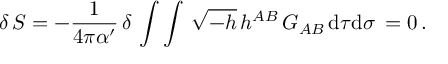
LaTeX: \delta \, S = - \frac { 1 } { 4 \pi { \alpha } ^ { \prime } } \, \delta \, \int \int \, \sqrt { - h } \, h ^ { A B } \, G _ { A B } \, \mathrm { d } \tau \mathrm { d } \sigma \, = 0 \, .